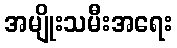
အမျိုးသမီးအရေး